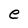
Character: e